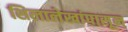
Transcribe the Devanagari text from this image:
शिलालेखांपासून